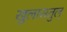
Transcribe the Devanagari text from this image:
खुलासतुल्